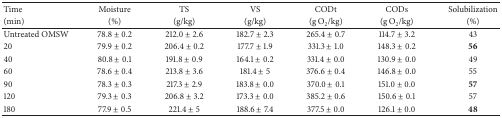
| Time | Moisture | TS | VS | CODt | CODs | Solubilization |
 | (min) | (%) | (g/kg) | (g/kg) | (g O2/kg) | (g O2/kg) | (%) |
 | --- | --- | --- | --- | --- | --- | --- |
 | Untreated OMSW | 78.8 ± 0.2 | 212.0 ± 2.6 | 182.7 ± 2.3 | 265.4 ± 0.7 | 114.7 ± 3.2 | 43 |
 | 20 | 79.9 ± 0.2 | 206.4 ± 0.2 | 177.7 ± 1.9 | 331.3 ± 1.0 | 148.3 ± 0.2 | 56 |
 | 40 | 80.8 ± 0.1 | 191.8 ± 0.9 | 164.1 ± 0.2 | 331.4 ± 0.0 | 130.9 ± 0.0 | 49 |
 | 60 | 78.6 ± 0.4 | 213.8 ± 3.6 | 181.4 ± 5 | 376.6 ± 0.4 | 146.8 ± 0.0 | 55 |
 | 90 | 78.3 ± 0.3 | 217.3 ± 2.9 | 183.8 ± 0.0 | 370.0 ± 0.1 | 151.0 ± 0.0 | 57 |
 | 120 | 79.3 ± 0.3 | 206.8 ± 3.2 | 173.3 ± 0.0 | 385.2 ± 0.6 | 150.6 ± 0.1 | 57 |
 | 180 | 77.9 ± 0.5 | 221.4 ± 5 | 188.6 ± 7.4 | 377.5 ± 0.0 | 126.1 ± 0.0 | 48 |